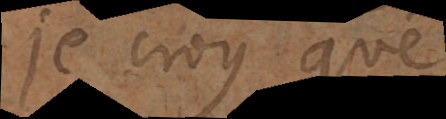
je croy que